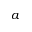
a